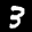
Label: 3